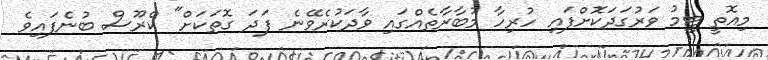
މިއޮތީ ޓީމު ވަރުގަދަކޮށްފައި ހުރިހާ މުބާރާތެއްގައި ވާދަކުރެވޭނެ ފަދަ ގޮތަކަށް" ކްރޫސް ބުނެފައިވެ